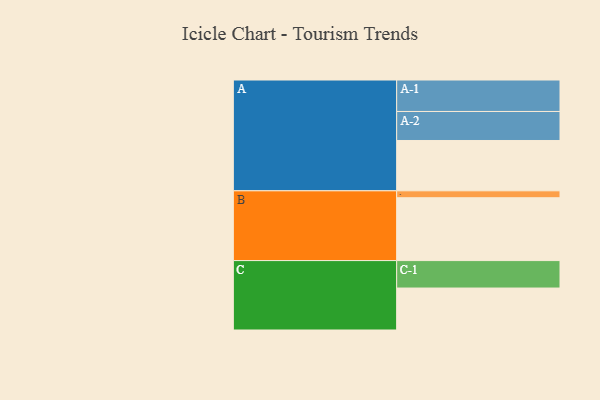
{"axis": {"x": "Segment", "y": "Value"}, "legend": ["", "A", "B", "C"], "data": [{"x": "A", "y": 451, "type": ""}, {"x": "B", "y": 563, "type": ""}, {"x": "C", "y": 376, "type": ""}, {"x": "A-1", "y": 282, "type": "A"}, {"x": "A-2", "y": 260, "type": "A"}, {"x": "B-1", "y": 62, "type": "B"}, {"x": "C-1", "y": 246, "type": "C"}]}